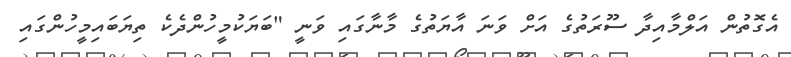
އެގޮތުން އަލްމާއިދާ ސޫރަތުގެ އަށް ވަނަ އާޔަތުގެ މާނާގައި ވަނީ "ބަޔަކުމީހުންދެކެ ތިޔަބައިމީހުންގައި